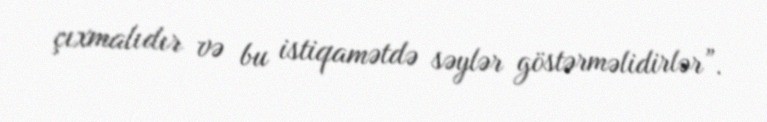
çıxmalıdır və bu istiqamətdə səylər göstərməlidirlər”.